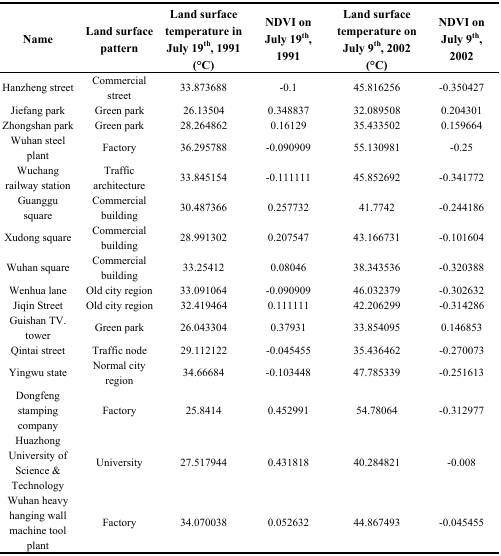
<table><thead><tr><td><b>Name</b></td><td><b>Land surface pattern</b></td><td><b>Land surface temperature in July 19<sup>th</sup>, 1991 (°C)</b></td><td><b>NDVI on July 19<sup>th</sup>, 1991</b></td><td><b>Land surface temperature on July 9<sup>th</sup>, 2002 (°C)</b></td><td><b>NDVI on July 9<sup>th</sup>, 2002</b></td></tr></thead><tbody><tr><td>Hanzheng street</td><td>Commercial street</td><td>33.873688</td><td>-0.1</td><td>45.816256</td><td>-0.350427</td></tr><tr><td>Jiefang park</td><td>Green park</td><td>26.13504</td><td>0.348837</td><td>32.089508</td><td>0.204301</td></tr><tr><td>Zhongshan park</td><td>Green park</td><td>28.264862</td><td>0.16129</td><td>35.433502</td><td>0.159664</td></tr><tr><td>Wuhan steel plant</td><td>Factory</td><td>36.295788</td><td>-0.090909</td><td>55.130981</td><td>-0.25</td></tr><tr><td>Wuchang railway station</td><td>Traffic architecture</td><td>33.845154</td><td>-0.111111</td><td>45.852692</td><td>-0.341772</td></tr><tr><td>Guanggu square</td><td>Commercial building</td><td>30.487366</td><td>0.257732</td><td>41.7742</td><td>-0.244186</td></tr><tr><td>Xudong square</td><td>Commercial building</td><td>28.991302</td><td>0.207547</td><td>43.166731</td><td>-0.101604</td></tr><tr><td>Wuhan square</td><td>Commercial building</td><td>33.25412</td><td>0.08046</td><td>38.343536</td><td>-0.320388</td></tr><tr><td>Wenhua lane</td><td>Old city region</td><td>33.091064</td><td>-0.090909</td><td>46.032379</td><td>-0.302632</td></tr><tr><td>Jiqin Street</td><td>Old city region</td><td>32.419464</td><td>0.111111</td><td>42.206299</td><td>-0.314286</td></tr><tr><td>Guishan TV. tower</td><td>Green park</td><td>26.043304</td><td>0.37931</td><td>33.854095</td><td>0.146853</td></tr><tr><td>Qintai street</td><td>Traffic node</td><td>29.112122</td><td>-0.045455</td><td>35.436462</td><td>-0.270073</td></tr><tr><td>Yingwu state</td><td>Normal city region</td><td>34.66684</td><td>-0.103448</td><td>47.785339</td><td>-0.251613</td></tr><tr><td>Dongfeng stamping company</td><td>Factory</td><td>25.8414</td><td>0.452991</td><td>54.78064</td><td>-0.312977</td></tr><tr><td>Huazhong University of Science &amp; Technology</td><td>University</td><td>27.517944</td><td>0.431818</td><td>40.284821</td><td>-0.008</td></tr><tr><td>Wuhan heavy hanging wall machine tool plant</td><td>Factory</td><td>34.070038</td><td>0.052632</td><td>44.867493</td><td>-0.045455</td></tr></tbody></table>